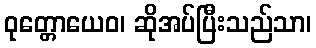
ဝုတ္တောယေဝ၊ ဆိုအပ်ပြီးသည်သာ၊